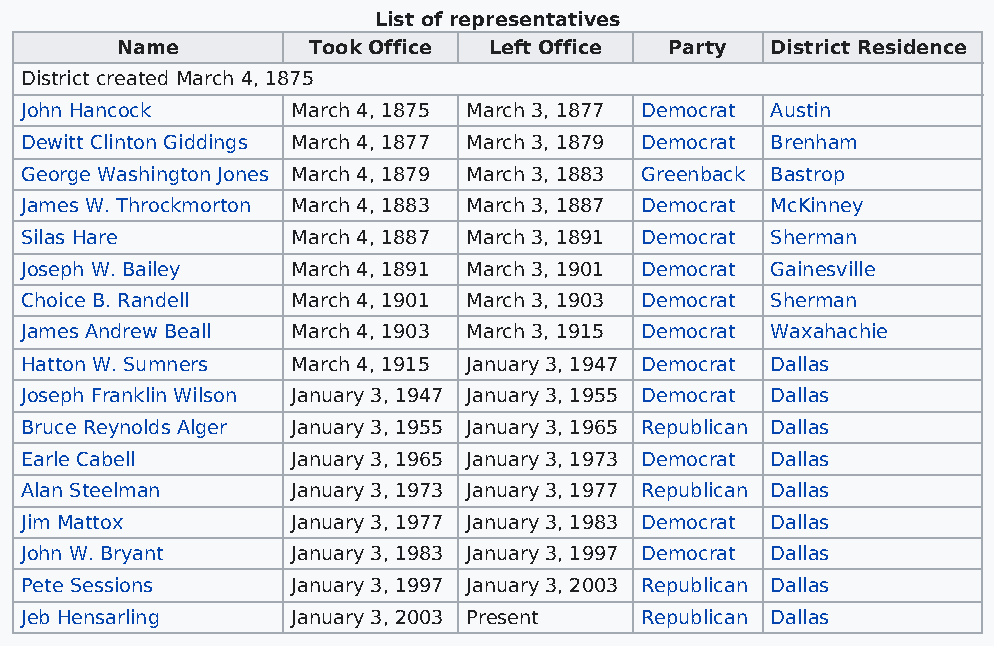
List of representatives
 Name        Took Office Left Office Party  District Residence
 District created March 4, 1875
 John Hancock      March 4, 1875 March 3, 1877 Democrat Austin
 Dewitt Clinton Giddings March 4, 1877 March 3, 1879 Democrat Brenham
 George Washington Jones March 4, 1879 March 3, 1883 Greenback Bastrop
 James W. Throckmorton March 4, 1883 March 3, 1887 Democrat McKinney
 Silas Hare        March 4, 1887 March 3, 1891 Democrat Sherman
 Joseph W. Bailey  March 4, 1891 March 3, 1901 Democrat Gainesville
 Choice B. Randell March 4, 1901 March 3, 1903 Democrat Sherman
 James Andrew Beall March 4, 1903 March 3, 1915 Democrat Waxahachie
 Hatton W. Sumners March 4, 1915 January 3, 1947 Democrat Dallas
 Joseph Franklin Wilson January 3, 1947 January 3, 1955 Democrat Dallas
 Bruce Reynolds Alger January 3, 1955 January 3, 1965 Republican Dallas
 Earle Cabell      January 3, 1965 January 3, 1973 Democrat Dallas
 Alan Steelman     January 3, 1973 January 3, 1977 Republican Dallas
 Jim Mattox        January 3, 1977 January 3, 1983 Democrat Dallas
 John W. Bryant    January 3, 1983 January 3, 1997 Democrat Dallas
 Pete Sessions     January 3, 1997 January 3, 2003 Republican Dallas
 Jeb Hensarling    January 3, 2003 Present Republican Dallas